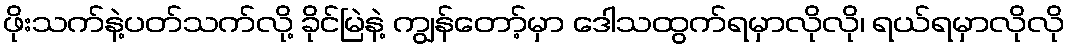
ဖိုးသက်နဲ့ပတ်သက်လို့ ခိုင်မြဲနဲ့ ကျွန်တော့်မှာ ဒေါသထွက်ရမှာလိုလို၊ ရယ်ရမှာလိုလို